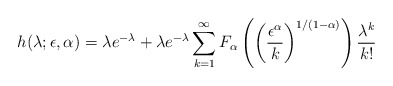
\begin{align*}h(\lambda;\epsilon,\alpha) =\lambda e^{-\lambda} +\lambda e^{-\lambda}\sum_{k=1}^\infty F_\alpha\left(\left(\frac{\epsilon^\alpha}{k}\right)^{1/(1-\alpha)}\right)\frac{\lambda^k}{k!}\end{align*}